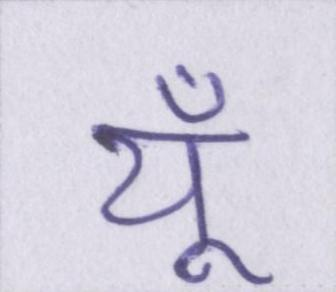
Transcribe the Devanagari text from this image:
यूँ